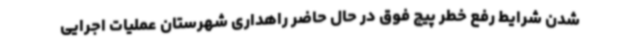
شدن شرایط رفع خطر پیچ فوق در حال حاضر راهداری شهرستان عملیات اجرایی